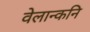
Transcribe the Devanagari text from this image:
वेलान्कनि